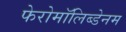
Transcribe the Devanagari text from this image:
फेरोमॉलिब्डेनम